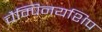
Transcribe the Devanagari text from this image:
चैम्पिनयशिप